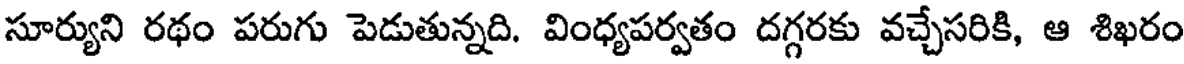
సూర్యుని రథం పరుగు పెడుతున్నది. వింధ్యపర్వతం దగ్గరకు వచ్చేసరికి, ఆ శిఖరం